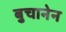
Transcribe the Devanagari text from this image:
बुचानेन